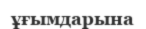
ұғымдарына